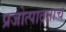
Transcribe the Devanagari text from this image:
प्रजोत्पादनाचे